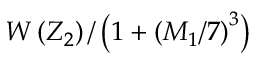
W \left( Z _ { 2 } \right) / \left( 1 + \left( M _ { 1 } / 7 \right) ^ { 3 } \right)